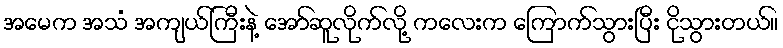
အမေက အသံ အကျယ်ကြီးနဲ့ အော်ဆူလိုက်လို့ ကလေးက ကြောက်သွားပြီး ငိုသွားတယ်။